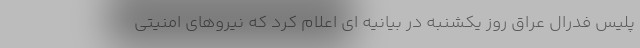
پلیس فدرال عراق روز یکشنبه در بیانیه ای اعلام کرد که نیروهای امنیتی